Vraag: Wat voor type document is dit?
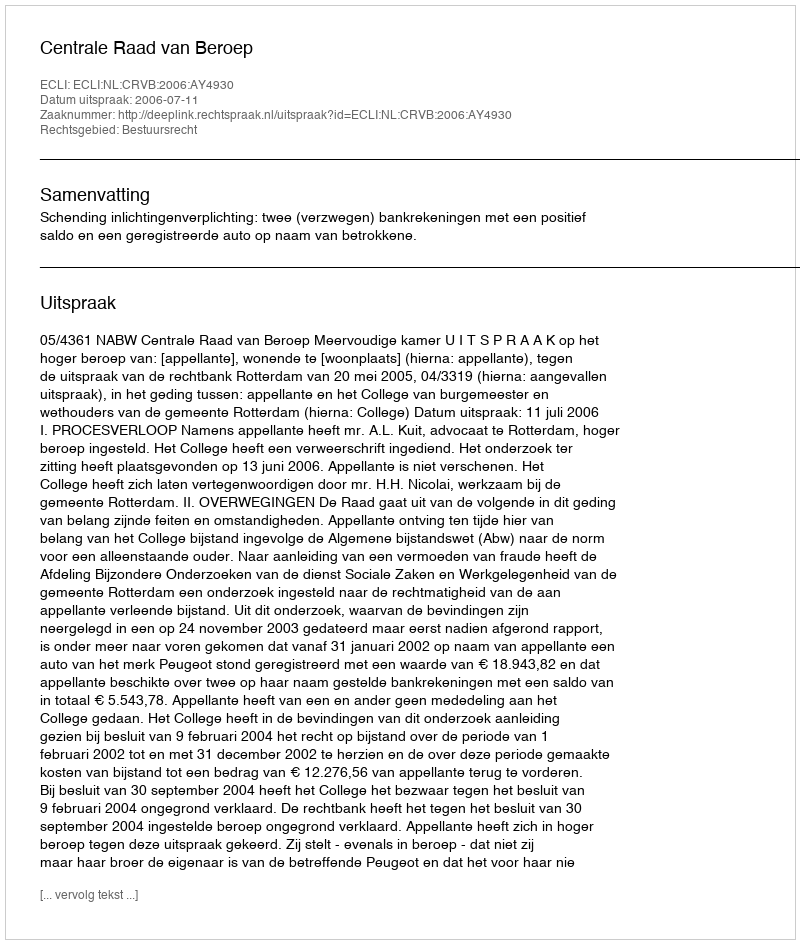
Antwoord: Uitspraak